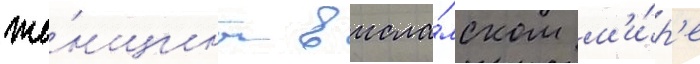
же́нщины в исла́мском м'и́р'е